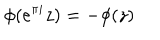
\phi ( e ^ { \pi i } z ) = - \phi ( z )